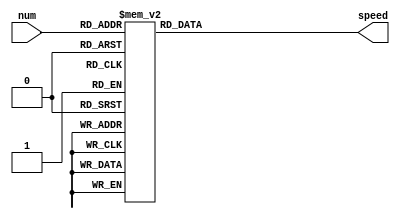
/*
   This file was generated automatically by the Mojo IDE version B1.3.6.
   Do not edit this file directly. Instead edit the original Lucid source.
   This is a temporary file and any changes made to it will be destroyed.
*/

module speeds_2 (
    input [2:0] num,
    output reg [23:0] speed
  );
  
  
  
  always @* begin
    
    case (num)
      1'h0: begin
        speed = 24'h400000;
      end
      1'h1: begin
        speed = 24'h3a0000;
      end
      2'h2: begin
        speed = 24'h300800;
      end
      2'h3: begin
        speed = 24'h2cf000;
      end
      3'h4: begin
        speed = 24'h220000;
      end
      3'h5: begin
        speed = 24'h1af000;
      end
      3'h6: begin
        speed = 24'h120000;
      end
      3'h7: begin
        speed = 24'h0f0000;
      end
      default: begin
        speed = 24'h4a0000;
      end
    endcase
  end
endmodule